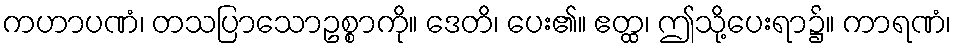
ကဟာပဏံ၊ တသပြာသောဥစ္စာကို။ ဒေတိ၊ ပေး၏။ ဧတ္ထ၊ ဤသို့ပေးရာ၌။ ကာရဏံ၊